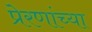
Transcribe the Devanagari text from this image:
प्रेरणांच्या